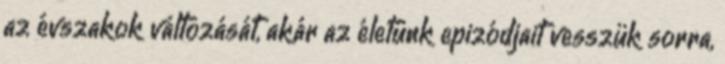
az évszakok változását, akár az életünk epizódjait vesszük sorra,